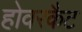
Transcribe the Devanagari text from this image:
होवरकैट